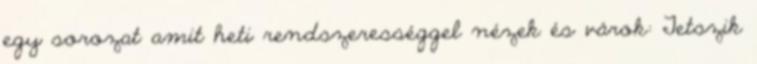
egy sorozat amit heti rendszerességgel nézek és várok: Tetszik